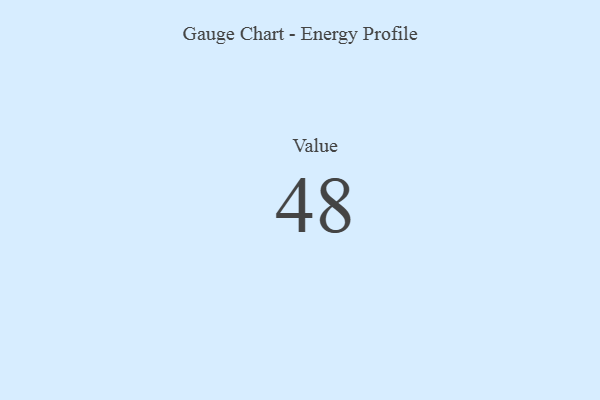
{"axis": {"x": "Metric", "y": "Value"}, "legend": [""], "data": [{"x": "Value", "y": 48, "type": ""}]}